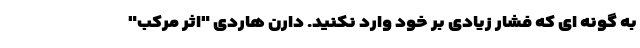
به گونه ای که فشار زیادی بر خود وارد نکنید. دارن هاردی "اثر مرکب"